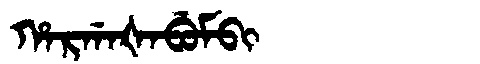
Manchu: ᡥᠠᡵᡤᠠᡧᠠᠪᡠᠮᠪᡳ
Romanization: HARGAŠABUMBI